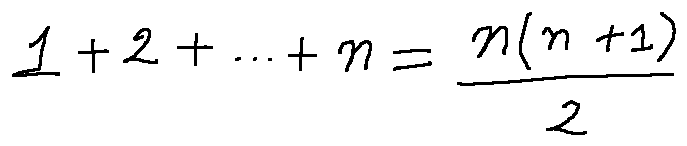
1 + 2 + \cdots + n = \frac { n ( n + 1 ) } { 2 }